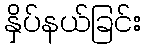
နှိပ်နယ်ခြင်း